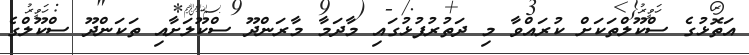
އަތޮޅުގެ ސްކޫލްތަކަށް ކުރައްވާ މި ދަތުރުފުޅުގައި މާދަމާ މާރަންދޫ ސްކޫލަށާއި ތަކަންދޫ ސްކޫލްގެ